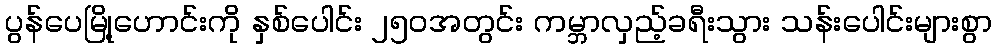
ပွန်ပေမြို့ဟောင်းကို နှစ်ပေါင်း ၂၅၀အတွင်း ကမ္ဘာလှည့်ခရီးသွား သန်းပေါင်းများစွာ